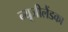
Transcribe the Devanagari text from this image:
न्यूजीलैंडका